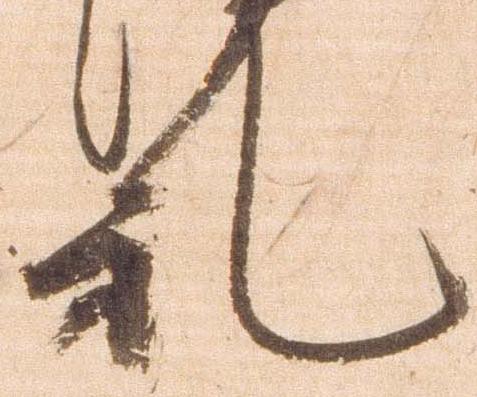
札